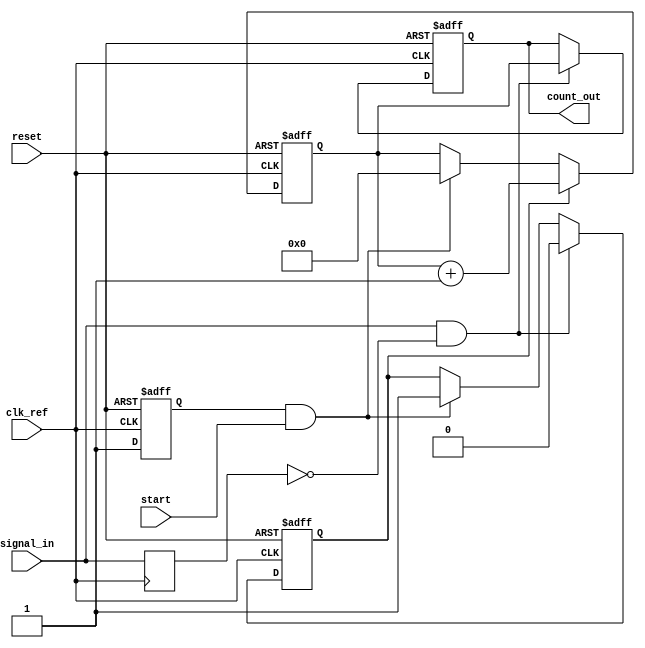
module TDC_PLL(
    input wire clk_ref,        // Reference clock
    input wire signal_in,      // Input signal for timing
    input wire start,          // Start signal for measurement
    input wire reset,          // Reset signal
    output reg [15:0] count_out // Output count
);

    // PLL Components
    reg [7:0] vco_freq;        // VCO frequency setting
    reg locked;                // PLL lock status
    reg [15:0] clk_div;        // Clock divider
    reg vco_out;               // VCO output clock

    // Time Measurement Unit
    reg counting;              // Counting enable flag
    reg [15:0] count;          // Counter for measuring time intervals
    reg last_signal_in;        // Previous state of input signal

    // Edge Detector
    wire rising_edge;

    // PLL Initialization (simplified)
    always @(posedge clk_ref or posedge reset) begin
        if (reset) begin
            vco_freq <= 8'd0;   // Reset VCO frequency
            locked <= 1'b0;     // Reset lock status
            count_out <= 16'd0; // Reset count output
            counting <= 1'b0;    // Reset counting flag
            count <= 16'd0;      // Reset counter
        end else begin
            // VCO frequency adjustment and PLL locking logic here
            // Simplified: Assume PLL locks on the reference clock
            locked <= 1'b1;

            // Generate VCO output clock (simulated)
            vco_out <= (clk_div == vco_freq) ? ~vco_out : vco_out;
            clk_div <= clk_div + 1;

            if (locked && start) begin
                // Start Counting
                counting <= 1'b1;
                count <= 16'd0;
            end

            if (counting) begin
                count <= count + 1; // increment count
            end

            // Stop counting on rising edge detection
            if (rising_edge) begin
                counting <= 1'b0; // Stop counting
                count_out <= count; // Output the count
            end
        end
    end

    // Edge Detector Logic
    assign rising_edge = (signal_in && !last_signal_in);
    always @(posedge clk_ref) begin
        last_signal_in <= signal_in; // Store last state for edge detection
    end

endmodule